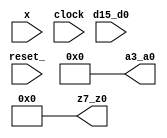
/**
 *
 *          Created on 10/07/2019.
 */

module RL_20190604(x, d15_d0, a3_a0, z7_z0, clock, reset_);
    input           clock, reset_;
    input           x;
    input   [15:0]  d15_d0;
    output  [3:0]   a3_a0;
    output  [7:0]   z7_z0;

    reg  [3:0]  A3_A0;
    reg  [7:0]  OUT;
    reg  [3:0]  COUNT;

    assign a3_a0 = A3_A0;
    assign z7_z0 = OUT;

    reg  [1:0] STAR;
    parameter S0 = 0, S1 = 1, S2 = 2, S3 = 3;

    parameter Num_Periodi = 10;

    always @(reset_ == 0) #1 begin
                                A3_A0 <= 0;
                                OUT <= 0;
                                COUNT <= Num_Periodi;
                                STAR <= S0;
                             end

    always @(posedge clock) if (reset_ == 1) #3
        casex(STAR)
            S0: begin
                    COUNT <= COUNT - 1;
                    STAR <= (COUNT == 2)? S1:S0;
                end
            S1: begin
                    COUNT <= Num_Periodi;
                    A3_A0 <= (x == 0)? d15_d0[15:12] : d15_d0[11:8];
                    OUT <= d15_d0[7:0];
                    STAR <= S0;
                end
        endcase
endmodule